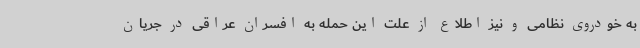
به خودروی نظامی و نیز اطلاع از علت این حمله به افسران عراقی در جریان